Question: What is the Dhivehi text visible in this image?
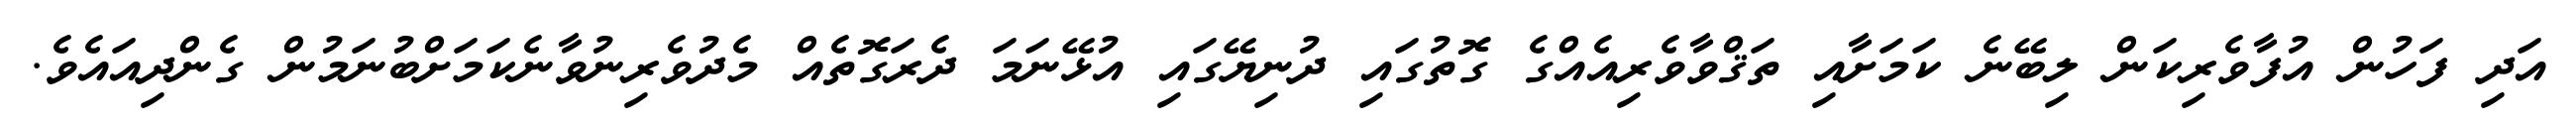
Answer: އަދި ފަހުން އުފާވެރިކަން ލިބޭނެ ކަމަށާއި ތަޤްވާވެރިއެއްގެ ގޮތުގައި ދުނިޔޭގައި އުޅޭނަމަ ދެރަގޮތެއް މެދުވެރިނުވާނެކަމަށްބުނަމުން ގެންދިއައެވެ.